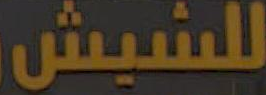
للشيش